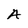
Character: A